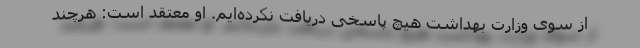
از سوی وزارت بهداشت هیچ پاسخی دریافت نکرده‌ایم. او معتقد است: هرچند